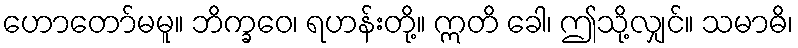
ဟောတော်မမူ။ ဘိက္ခဝေ၊ ရဟန်းတို့။ ဣတိ ခေါ၊ ဤသို့လျှင်။ သမာဓိ၊